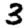
Digit: 3